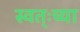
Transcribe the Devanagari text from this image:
स्वत्ःच्या